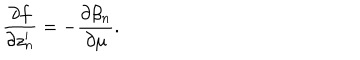
LaTeX: \frac { \partial f } { \partial z _ { n } ^ { \prime } } = - \frac { \partial \beta _ { n } } { \partial \mu } .